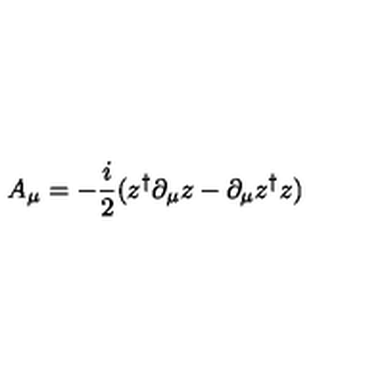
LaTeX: A _ { \mu } = - { \frac { i } { 2 } } ( z ^ { \dagger } \partial _ { \mu } z - \partial _ { \mu } z ^ { \dagger } z )